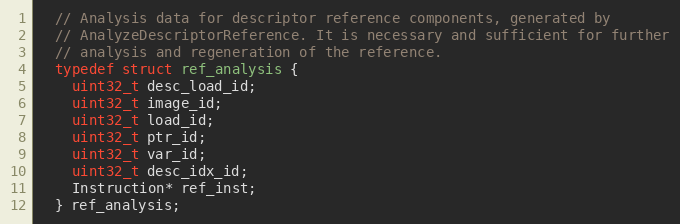
Language: C
  // Analysis data for descriptor reference components, generated by
  // AnalyzeDescriptorReference. It is necessary and sufficient for further
  // analysis and regeneration of the reference.
  typedef struct ref_analysis {
    uint32_t desc_load_id;
    uint32_t image_id;
    uint32_t load_id;
    uint32_t ptr_id;
    uint32_t var_id;
    uint32_t desc_idx_id;
    Instruction* ref_inst;
  } ref_analysis;